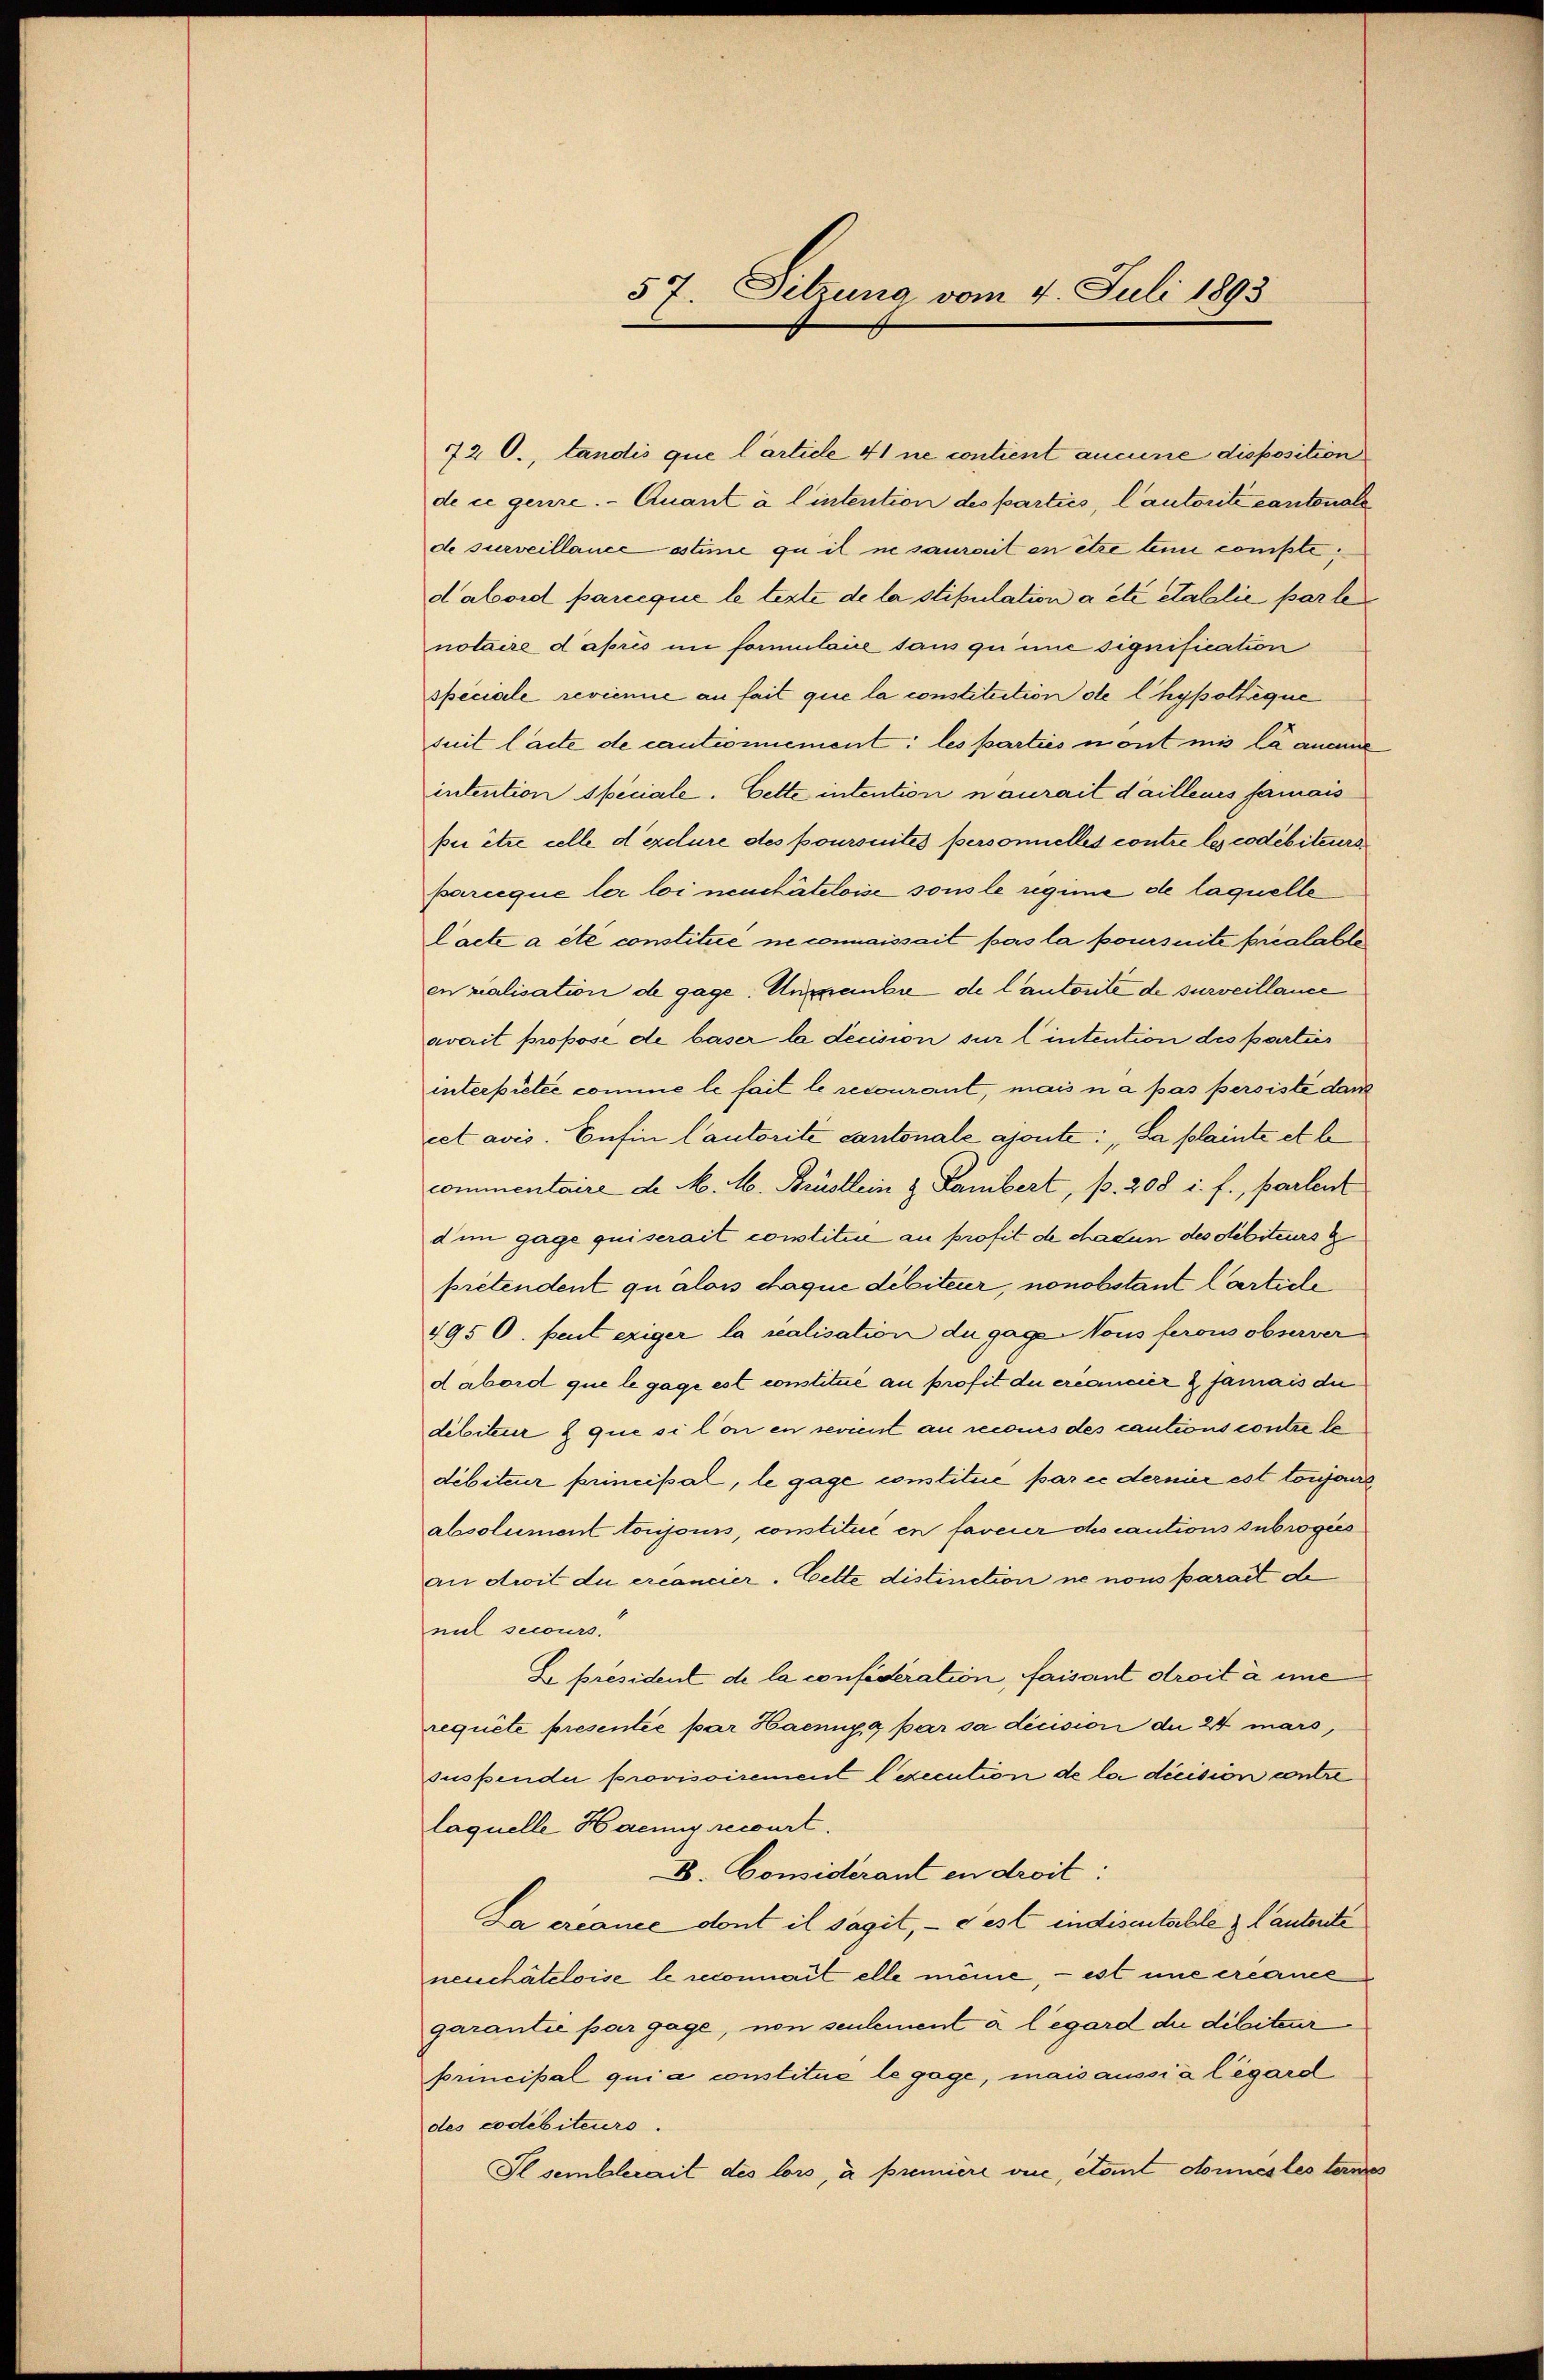
57 Setzung vom 4. Juli 1893

72 O., landis que l’article 41 ne contient aucune disposition
de ce gerire. — Quant à l’intention des parties, lautorité cantonale
de surveillance estime qu il ne saurait en être lein compte,
dabord parceque le terte de la stipulation a été etabilie par le
notaire d’après im formulaire sans quine signification
speciale revienie an fait que la constitution de l’hypothéque
suit lacte de cautionnement: les parties mont mis la ancie
intention speciale. Cette intention naurait d’ailleurs famais
pie être celle d erdure des poursuites personnelles contre les codebiteurs
parceque les loi neuchâteloise sous le regime de laquelle
lacte a été constitue ne connaissait pas la poursuite préalable
enzialisation de gage. Unpaube de lautorité de surveillance
avait propose de baser la decision sur l intention des parties
interpretée comme le fait le recourant, mais n a pas persisté dann
cet avis. Enfin Cautorité cantonale ajoute: „La plainte et le
commentaire d. M. M. Brüstlein & Lambert, p. 208 u. f., partent
d im gage qui serait constitue au profit de chaden des debiteurs z
pretendent qu’alors chaque debiteur, nonobstant Carticle
495 0. peut exiger la realisation du gage Nous ferons observer
d abord que le gage est constitué au profit du créancier & famais die
dibiteur & que silon en revient an recours des cautions contre le
débiteur principal, le gage constitue par ce dernier est torgan
absolument toujours, constitue en faveier des cautions subrogies
an droit du créancier. Cette distinction ne nous parait de
nil secours.
L. president de la confideration, faisant droit à une
requite presentée par Haenny a par sa décision du 24 mars,
suspendii provisoirement lexecution de la dicision contre
laquelle Haenny recourt.
D. Considerant en droit:
La créance dont il sagit, – c’est indisentalle & lautente
neuchâteloise le reconnait elle meine, - est une créance
garantie par gage, non seulement à l’égard die dibiteurprincipal quia constitué le gage, mais aussia légard
des codebiteurs.
Il semblerait des lors, à première vie, état donnes les ternes